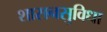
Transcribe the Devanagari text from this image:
शासनसुविधा